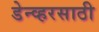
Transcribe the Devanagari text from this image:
डेन्व्हरसाठी